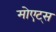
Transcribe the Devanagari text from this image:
मोएट्स